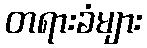
တရားခံများ